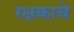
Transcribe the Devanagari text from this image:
रक्षकाचे